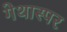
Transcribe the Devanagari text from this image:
गेथास्पर